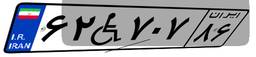
۶۲W۷۰۷۸۶